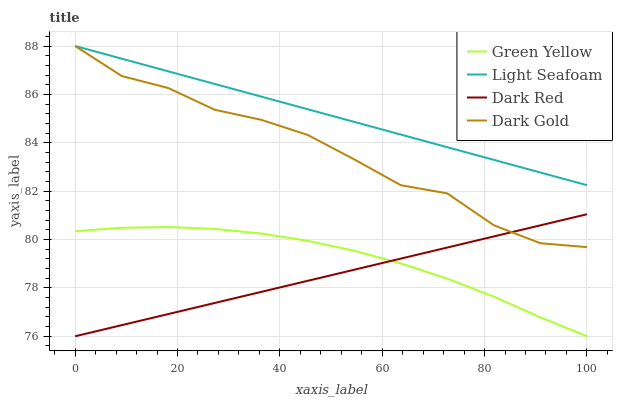
| xaxis_label | Green Yellow | Light Seafoam | Dark Red | Dark Gold |
 | --- | --- | --- | --- | --- |
 | 0 | 80.3 | 88 | 76 | 88 |
 | 9.09 | 80.5 | 87.5 | 76.5 | 86.8 |
 | 18.2 | 80.5 | 87 | 76.9 | 86.3 |
 | 27.3 | 80.4 | 86.4 | 77.4 | 85.4 |
 | 36.4 | 80.2 | 85.9 | 77.8 | 84.9 |
 | 45.5 | 79.9 | 85.4 | 78.3 | 84.3 |
 | 54.5 | 79.5 | 84.9 | 78.8 | 83.3 |
 | 63.6 | 79 | 84.3 | 79.2 | 82.2 |
 | 72.7 | 78.4 | 83.8 | 79.7 | 81.9 |
 | 81.8 | 77.6 | 83.3 | 80.1 | 80.6 |
 | 90.9 | 76.8 | 82.8 | 80.6 | 79.8 |
 | 100 | 76 | 82.2 | 81 | 79.7 |